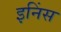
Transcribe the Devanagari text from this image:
इनिंस